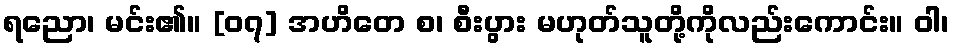
ရညော၊ မင်း၏။ [၀၇] အဟိတေ စ၊ စီးပွား မဟုတ်သူတို့ကိုလည်းကောင်း။ ဝါ၊